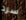
سرد